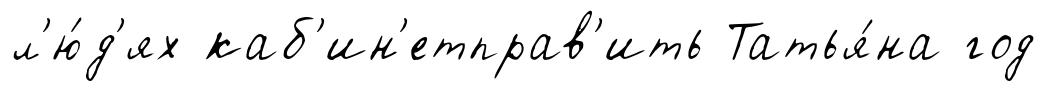
л'ю́д'ях каб'ин'етправ'ить Татья́на год